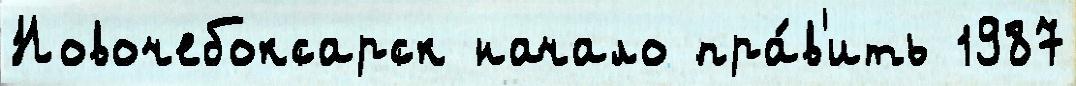
Новочебоксарск начало пра́в'ить 1987